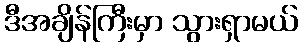
ဒီအချိန်ကြီးမှာ သွားရှာမယ်